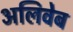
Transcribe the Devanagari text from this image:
अलिवेब